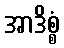
အာဒိစ္စံ